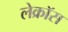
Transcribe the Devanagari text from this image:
लेक्रॉस